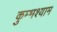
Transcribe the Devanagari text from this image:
कुम्भश्याम